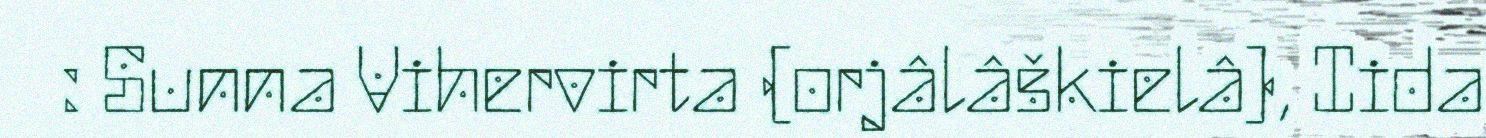
: Sunna Vihervirta (orjâlâškielâ), Iida